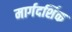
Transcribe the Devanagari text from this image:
मार्गदर्शिक